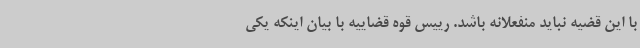
با این قضیه نباید منفعلانه باشد. رییس قوه قضاییه با بیان اینکه یکی